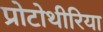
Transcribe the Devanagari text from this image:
प्रोटोथीरिया